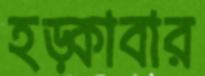
হড়্‌কাবার